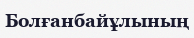
Болғанбайұлының